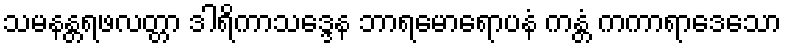
သမနန္တရဖလတ္တာ ဒါရိကာသဒ္ဒေန ဘာရမောရောပနံ ကန္တံ ကကာရာဒေသော